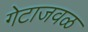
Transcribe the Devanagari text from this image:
गेटाजवळ